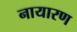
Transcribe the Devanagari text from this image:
नायारण